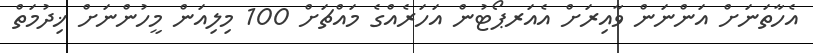
އެހާތަނަށް އަންނަން ވާއިރަށް އެއަރޕޯޓުން އަހަރެއްގެ މައްޗަށް 100 މިލިއަން މީހުންނަށް ޚިދުމަތް